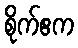
စိုက်ဧက